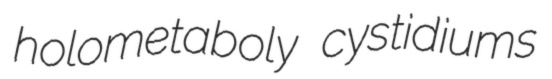
holometaboly cystidiums